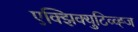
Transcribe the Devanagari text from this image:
एक्झिक्युटिव्व्ह्ज